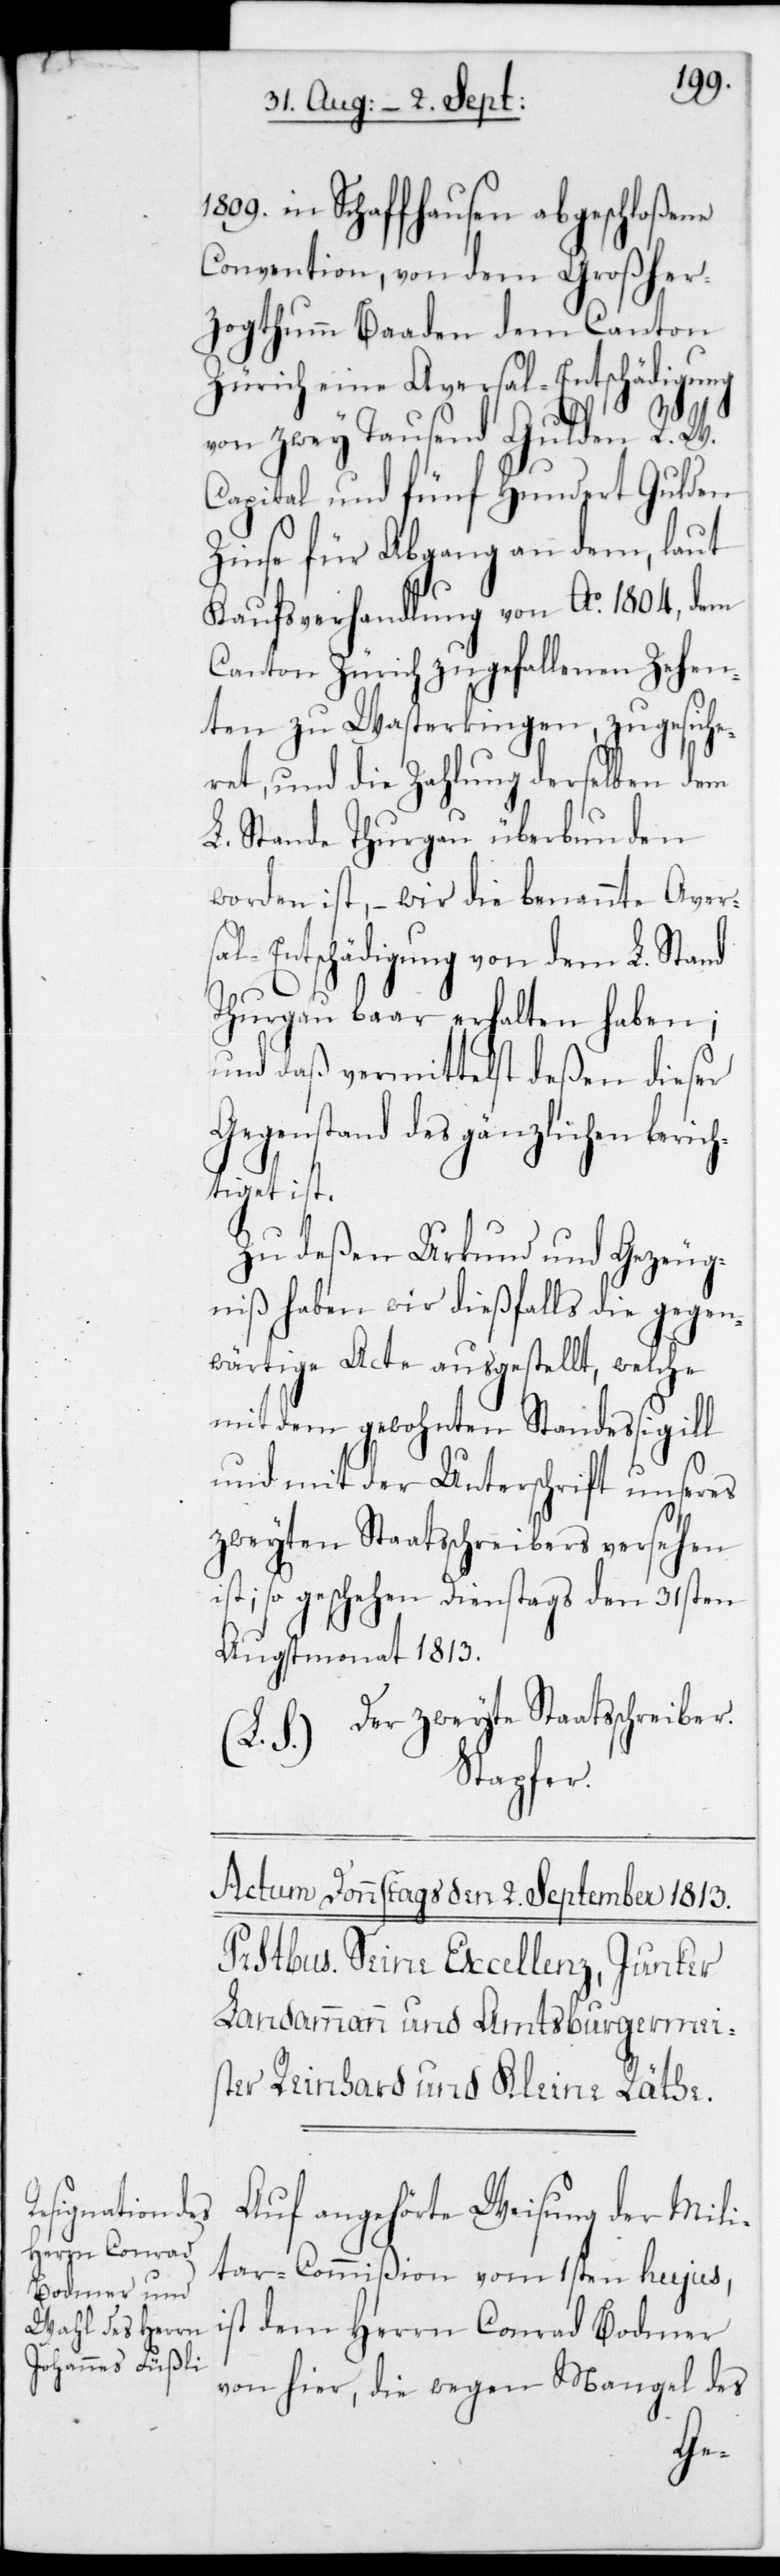
1809 in Schaffhausen abgeschloßene
Convention, von dem Großher¬
zogthumm Baaden dem Canton
Zürich eine Aversal-Entschädigung
von zwey Tausend Gulden R. W.
Capital und fünf Hundert Gulden
Zinse für Abgang an dem, laut
Kaufsverhandlung von Ao 1804, dem
Canton Zürich zugefallenen Zehen¬
ten zu Wasterkingen, zugesiche¬
ret, und die Zahlung derselben dem
L. Stande Thurgau überbunden
worden ist, – wird die benannte Aver¬
sal-Entschädigung von dem L. Stand
Thurgau baar erhalten haben;
und daß vermittelst deßen dieser
Gegenstand des Gänzlichen beric¬
htiget ist.
Zu deßen Urkund und Gezeug¬
niß haben wir dießfalls die gegen¬
wärtige Acte ausgestellt, welche
mit dem gewohntenStandessigill
und mit der Unterschrift unseres
zweyten Staatsschreibers versehen
ist; so geschehen Dienstags den 31sten
Augsmonat 1813.
Der zweyte Staatsschreiber.
Stapfer.
Auf angehörte Weisung der Mili¬
tar-Commißion vom 1sten hujus,
ist dem Herrn Conrad Bodmer
von hier, die wegen Mangel des